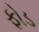
ફોડ